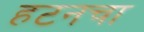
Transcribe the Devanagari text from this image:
हटनचा